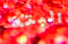
البته